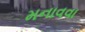
મનાવવા